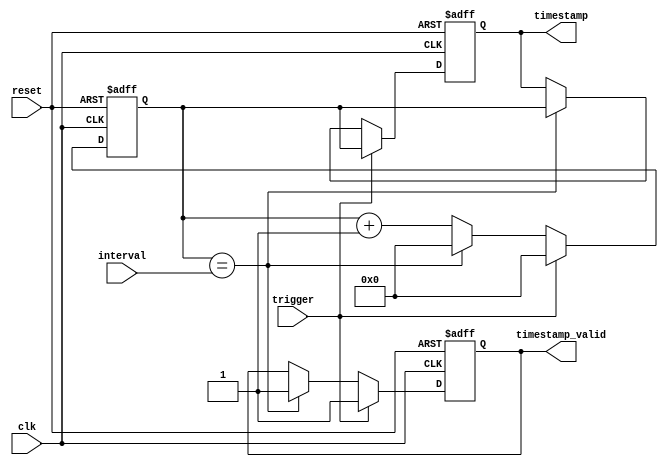
module Timing_control_and_synchronization (
    input wire clk,
    input wire reset,
    input wire trigger,
    input wire [7:0] interval,
    output reg timestamp_valid,
    output reg [31:0] timestamp
);

reg [31:0] timer;

always @(posedge clk or posedge reset) begin
    if (reset) begin
        timer <= 32'h0;
        timestamp <= 32'h0;
        timestamp_valid <= 1'b0;
    end else begin
        if (trigger) begin
            timer <= 32'h0;
            timestamp <= timer;
            timestamp_valid <= 1'b1;
        end else begin
            timer <= timer + 1;
            if (timer == interval) begin
                timestamp <= timer;
                timestamp_valid <= 1'b1;
                timer <= 32'h0;
            end
        end
    end
end

endmodule